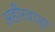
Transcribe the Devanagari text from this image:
अहीरवाड़ा